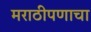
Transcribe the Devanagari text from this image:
मराठीपणाचा